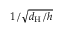
1 / \sqrt { d _ { \mathrm { H } } / h }